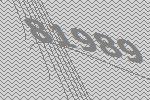
81989